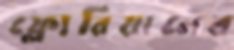
ফ্লোরিয়ানের